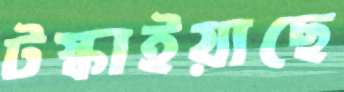
টস্‌কাইয়াছে